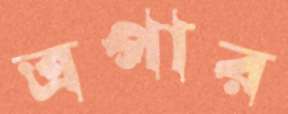
ত্রপার